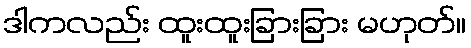
ဒါကလည်း ထူးထူးခြားခြား မဟုတ်။